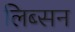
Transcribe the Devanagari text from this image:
लिब्सन